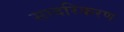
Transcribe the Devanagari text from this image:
सादरिकरण